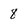
Character: 8